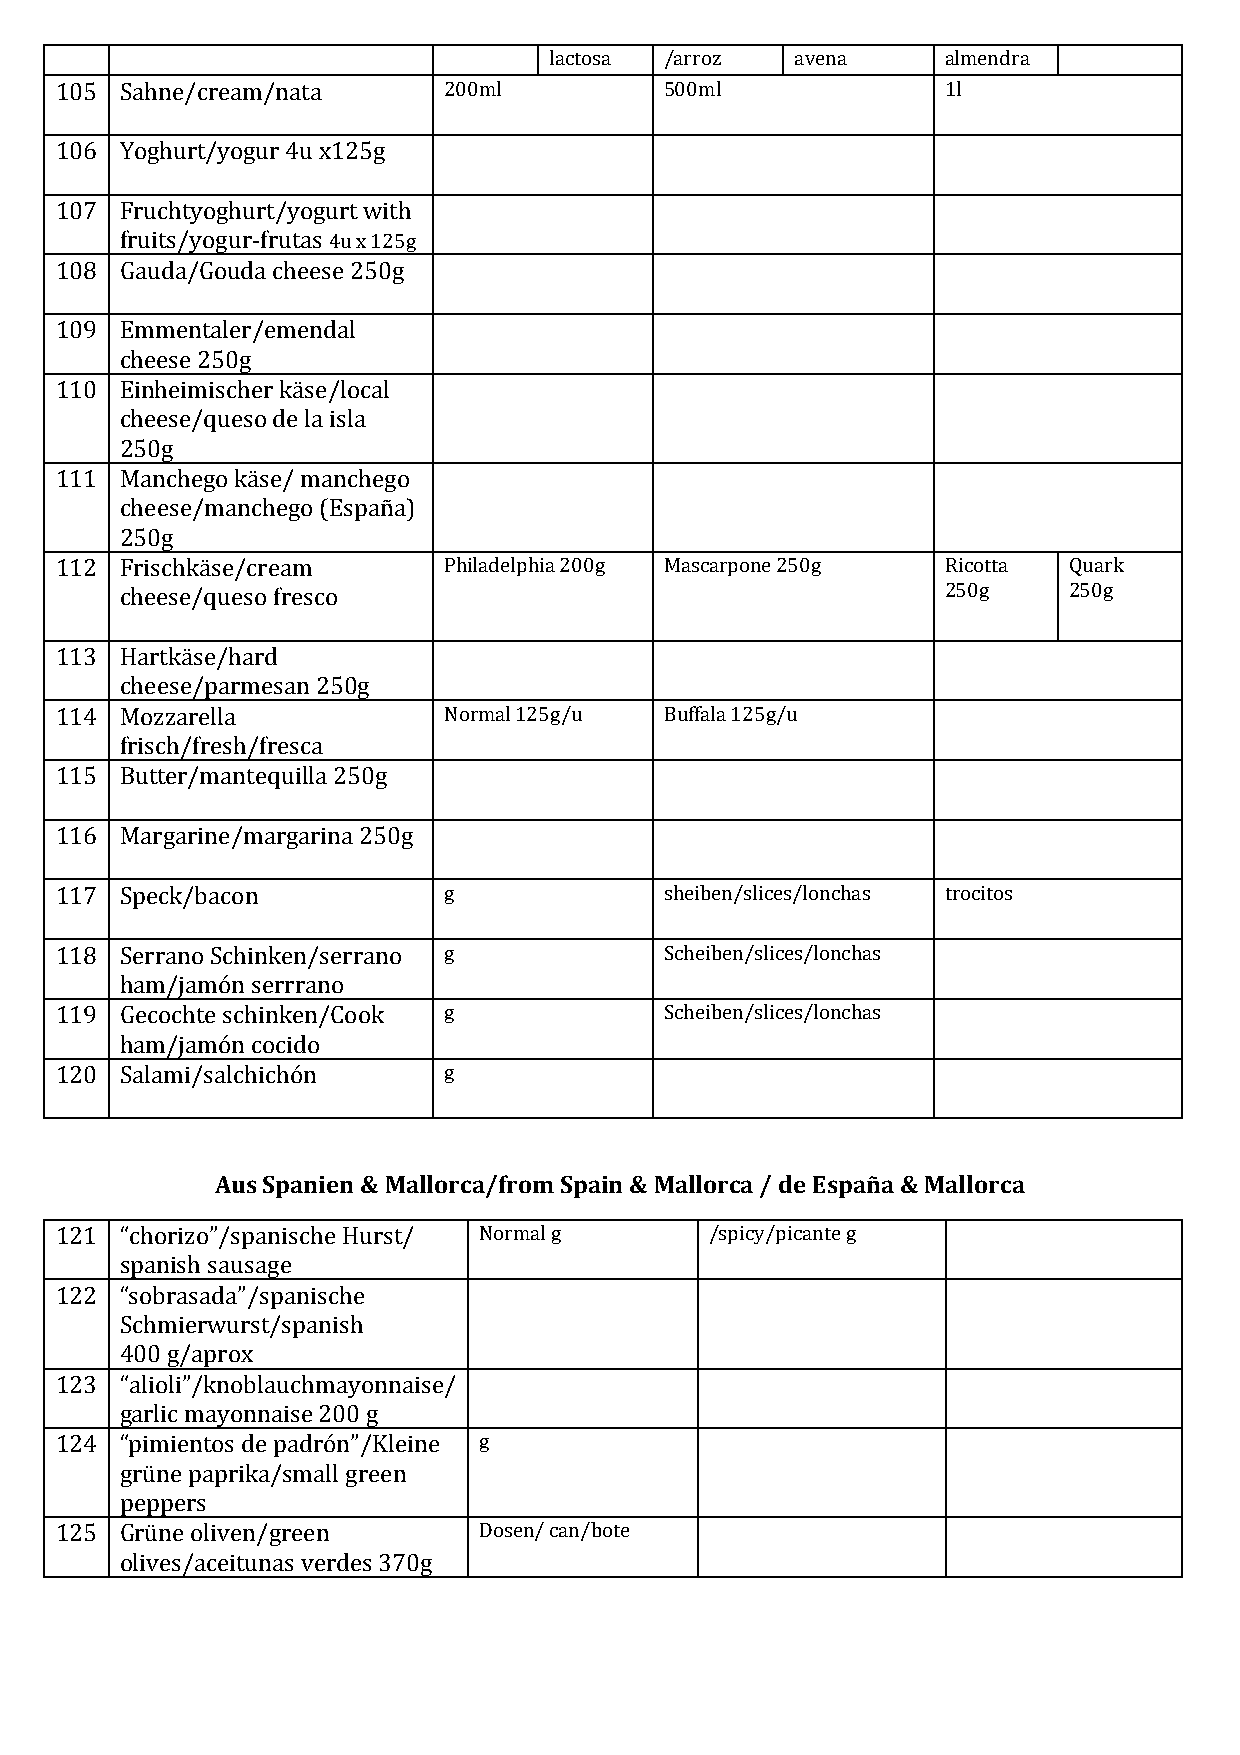
lactosa /arroz   avena     almendra
 105 Sahne/cream/nata     200ml          500ml              1l
 106 Yoghurt/yogur 4u x125g
 107 Fruchtyoghurt/yogurt with
 fruits/yogur-frutas 4u x 125g
 108 Gauda/Gouda cheese 250g
 109 Emmentaler/emendal
 cheese 250g
 110 Einheimischer käse/local
 cheese/queso de la isla
 250g
 111 Manchego käse/ manchego
 cheese/manchego (España)
 250g
 112 Frischkäse/cream     Philadelphia 200g Mascarpone 250g Ricotta Quark
 cheese/queso fresco                                    250g    250g
 113 Hartkäse/hard
 cheese/parmesan 250g
 114 Mozzarella           Normal 125g/u  Buffala 125g/u
 frisch/fresh/fresca
 115 Butter/mantequilla 250g
 116 Margarine/margarina 250g
 117 Speck/bacon          g              sheiben/slices/lonchas trocitos
 118 Serrano Schinken/serrano g          Scheiben/slices/lonchas
 ham/jamón serrrano
 119 Gecochte schinken/Cook g            Scheiben/slices/lonchas
 ham/jamón cocido
 120 Salami/salchichón    g
 Aus Spanien & Mallorca/from Spain & Mallorca / de España & Mallorca
 121 “chorizo”/spanische Hurst/ Normal g    /spicy/picante g
 spanish sausage
 122 “sobrasada”/spanische
 Schmierwurst/spanish
 400 g/aprox
 123 “alioli”/knoblauchmayonnaise/
 garlic mayonnaise 200 g
 124 “pimientos de padrón”/Kleine g
 grüne paprika/small green
 peppers
 125 Grüne oliven/green      Dosen/ can/bote
 olives/aceitunas verdes 370g